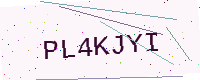
Text: PL4KJYI